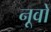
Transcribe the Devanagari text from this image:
नूवो